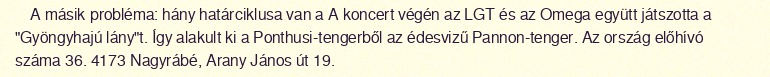
A másik probléma: hány határciklusa van a A koncert végén az LGT és az Omega együtt játszotta a "Gyöngyhajú lány"t. Így alakult ki a Ponthusi-tengerből az édesvizű Pannon-tenger. Az ország előhívó száma 36. 4173 Nagyrábé, Arany János út 19.